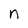
Character: n